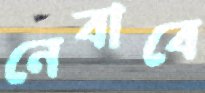
নেবাবে